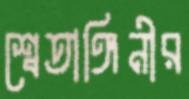
শ্বেতাঙ্গিনীর